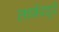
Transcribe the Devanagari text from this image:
लाबेरदूरे